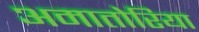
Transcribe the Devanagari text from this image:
अमातोरिया